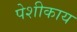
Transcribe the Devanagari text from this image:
पेशीकाय